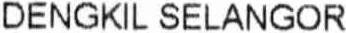
DENGKIL SELANGOR